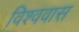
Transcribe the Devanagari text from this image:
विश्ववास